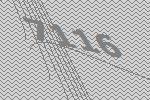
7116